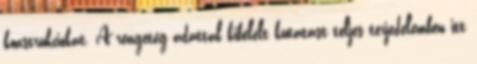
konstrukciókat. A rengeteg adattal kibélelt kutatást teljes terjedelemben itt